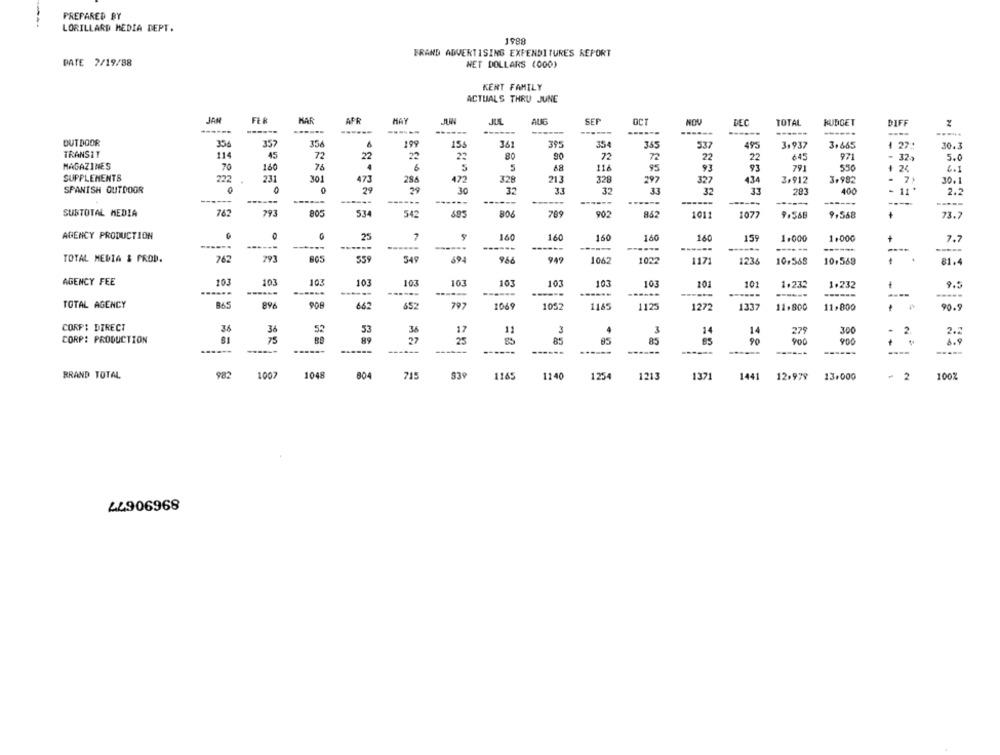
PREPARED BY
LORILLARD MEDIA DEPT.
1988
FRAND ADVERTISING EXPENDITURE'S REPORT
PATE 2/19/88
WET DOLLARS (000)
KENT FAMILY
ACTUALS THRU JUNE
JAN
FER
HAR
APR
MAY
ALIG
SEP
OCT
REC
TOTAL
------
------
KUDGET
DIFF
------
----
------
-----.
OUTDOOR
357
35
199
155
395
354
365
495
3.665
1
27
537
3.937
30.3
TRANSIT
114
45
77
22
22
23
80
90
72
72
22
27
645
971
.
32
5.0
MAGAZINES
70
160
76
5
116
93
93
791
5
95
24
6.1
SUPPLEMENTS
222
231
301
473
286
472
328
213
328
297
327
434
3.912
3.982
- 7,
30.1
SPANISH OUTDOOR
29
.
29
30
35
33
32
32
33
283
400
2.2
---
------
----
------
-----
------
----
SUBTOTAL MEDIA
762
293
80
534
542
709
902
842
1011
1077
9,568
9.568
73.7
AGENCY PRODUCTION
25
7
160
160
160
160
160
155
1.000
1.000
+
7.7
------
------
---
----
TOTAL MEDIA & PROD.
762
79
559
349
694
966
949
1062
1022
1171
1236
10.568
10,563
1
81.4
AGENCY FEE
103
10
103
103
103
103
101
103
103
103
101
101
1.232
1.232
9.5
------
------
------
------
89
TOTAL AGENCY
662
652
797
1069
1052
1165
1125
1272
1337
11.800
11,800
90.9
CORPI DIRECT
3.A
36
55
53
36
12
3
4
3
14
14
279
300
2
2.2
CORP: PRODUCTION
SI
25
BA
89
27
25
90
-
------
900
------
------
-----
----
BRAND TOTAL
982
1007
1048
804
715
539
116
1140
1254
1213
1371
1441
12.979
13.000
- 2
100%
44906968